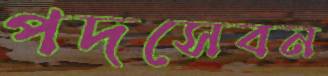
পদসেবন